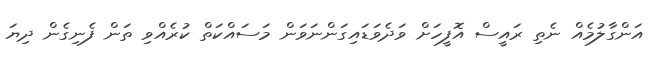
އަންގާލުމެއް ނެތި ރައީސް އޮފީހަށް ވަދެވަޑައިގަންނަވަން މަސައްކަތް ކުރެއްވި ތަން ފެނިގެން ދިޔަ